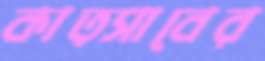
কাত্সাবের